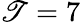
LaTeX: \mathscr{T}=7